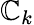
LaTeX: \mathbb{C}_{k}